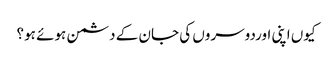
کیوں اپنی اوردوسروں کی جان کے دشمن ہوئے ہو؟